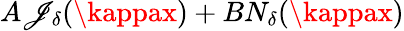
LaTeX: A\mathscr{J}_{\delta}(\kappax)+BN_{\delta}(\kappax)